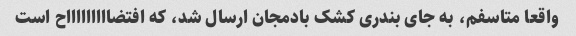
واقعا متاسفم، به جای بندری کشک بادمجان ارسال شد، که افتضاااااااااح است